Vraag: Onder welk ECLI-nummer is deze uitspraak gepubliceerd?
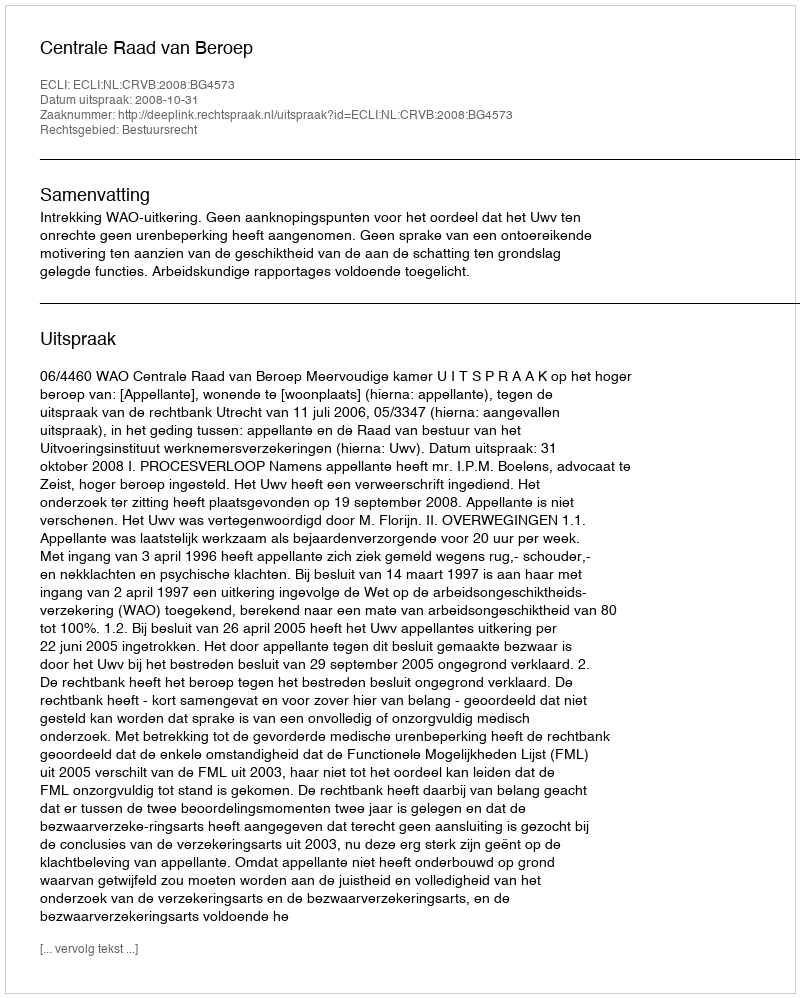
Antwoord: ECLI:NL:CRVB:2008:BG4573